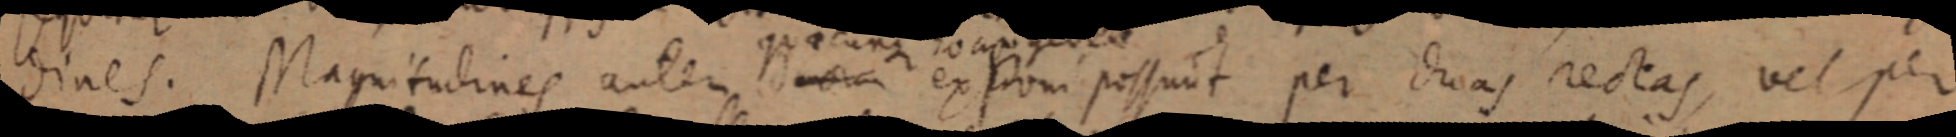
dines. Magnitudines autem ducta ex som possunt per duas rectas, vel per